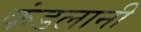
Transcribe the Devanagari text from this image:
कंडलानी